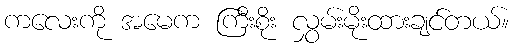
ကလေးကို အမေက ကြီးစိုး လွှမ်းမိုးထားချင်တယ်။